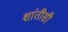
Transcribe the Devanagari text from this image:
शांतीसी